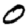
Digit: 0